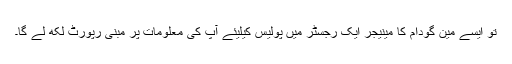
تو ایسے مین گودام کا مینیجر ایک رجسٹر میں پولیس کیلیئے آپ کی معلومات پر مبنی رپورٹ لکھ لے گا۔